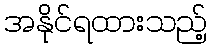
အနိုင်ရထားသည့်